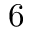
6